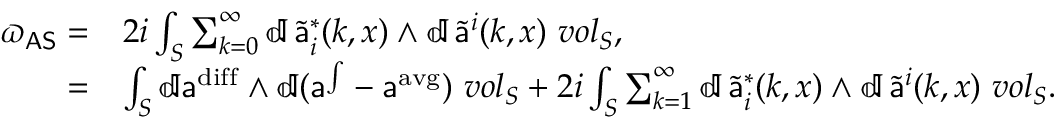
\begin{array} { r l } { { \varpi _ { \mathsf { A S } } } = } & { { 2 i } \int _ { S } \sum _ { k = 0 } ^ { \infty } \mathbb { d } \, \widetilde { { \mathsf { a } } } _ { i } ^ { * } ( k , x ) \wedge \mathbb { d } \, \widetilde { { \mathsf { a } } } ^ { i } ( k , x ) \ { \boldsymbol { v o l } } _ { S } , } \\ { = } & { \int _ { S } \mathbb { d } { \mathsf { a } } ^ { \mathrm { d i f f } } \wedge \mathbb { d } ( { \mathsf { a } } ^ { \int } - { \mathsf { a } } ^ { \mathrm { a v g } } ) \ { \boldsymbol { v o l } } _ { S } + { 2 i } \int _ { S } \sum _ { k = 1 } ^ { \infty } \mathbb { d } \, \widetilde { { \mathsf { a } } } _ { i } ^ { * } ( k , x ) \wedge \mathbb { d } \, \widetilde { { \mathsf { a } } } ^ { i } ( k , x ) \ { \boldsymbol { v o l } } _ { S } . } \end{array}